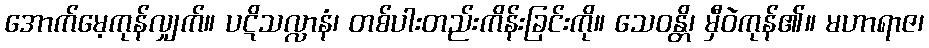
အောက်မေ့ကုန်လျှက်။ ပဋိသလ္လာနံ၊ တစ်ပါးတည်းကိန်းခြင်းကို။ သေဝန္တိ၊ မှီဝဲကုန်၏။ မဟာရာဇ၊